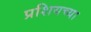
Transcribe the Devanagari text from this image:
प्रशियच्या